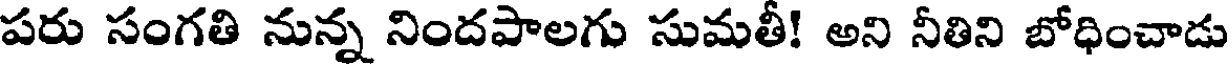
పరు సంగతి నున్న నిందపాలగు సుమతీ! అని నీతిని బోధించాడు